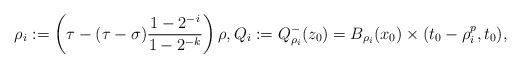
\begin{align*}\rho_i:=\left(\tau-(\tau-\sigma)\frac{1-2^{-i}}{1-2^{-k}}\right)\rho, Q_i:=Q^-_{\rho_i}(z_0)=B_{\rho_i}(x_0)\times (t_0-\rho_i^p,t_0),\end{align*}